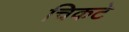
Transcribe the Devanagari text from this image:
चिकटे